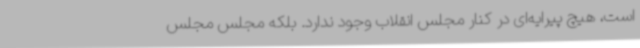
است، هیچ پیرایه‌ای در کنار مجلس انقلاب وجود ندارد. بلکه مجلس مجلس